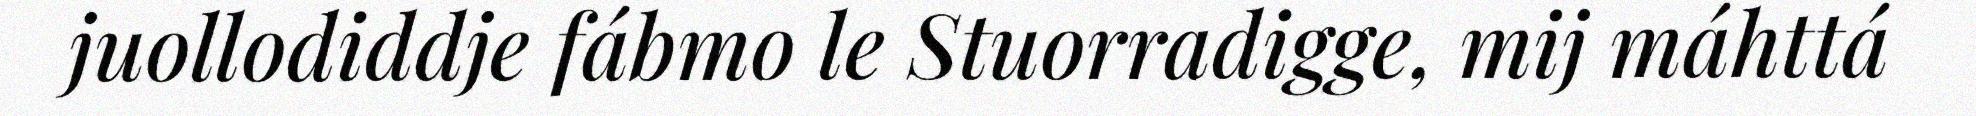
juollodiddje fábmo le Stuorradigge, mij máhttá